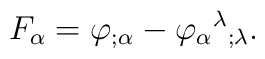
F_{\alpha} = \varphi_{;\alpha} - \varphi_{\alpha}{}^{\lambda}{}_{;\lambda}.